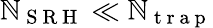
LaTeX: \mathbb{N}_{\mathrm{{~S~R~H~}}}\ll\mathbb{N}_{\mathrm{{~t~r~a~p~}}}